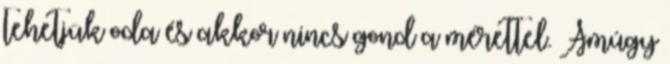
tehetjük oda és akkor nincs gond a mérettel. Amúgy